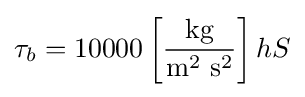
\tau _{b}=10000\left[{\frac {\mathrm {kg} }{\mathrm {m} ^{2}\ \mathrm {s} ^{2}}}\right]hS